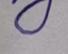
Signature authenticity: genuine